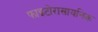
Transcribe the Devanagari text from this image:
फाइटोरासायनिक